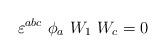
LaTeX: \begin{align*}\varepsilon^{abc}~\phi_a~W_1~W_c=0\end{align*}